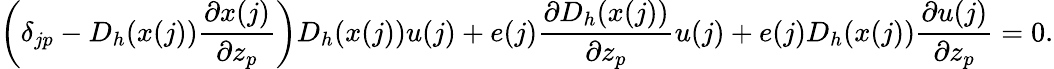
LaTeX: \left(\delta_{jp}-D_{h}(x(j))\frac{\partial x(j)}{\partial z_{p}}\right)D_{h}(x(j))u(j)+e(j)\frac{\partial D_{h}(x(j))}{\partial z_{p}}u(j)+e(j)D_{h}(x(j))\frac{\partial u(j)}{\partial z_{p}}=0.